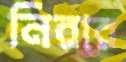
নিরার